Report of cholera committee
Disease focus: Cholera
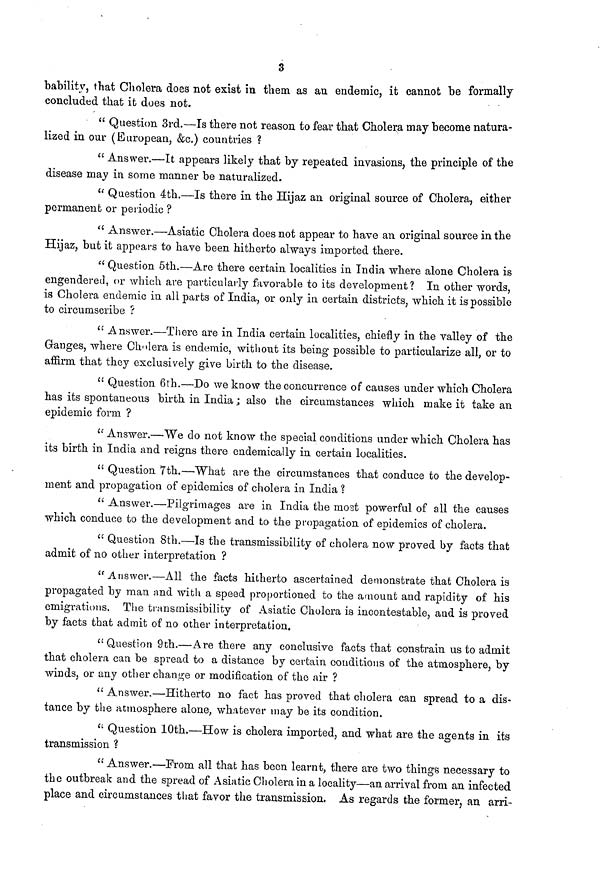
3
bability, that Cholera does not exist in them as an endemic, it cannot be formally
concluded that it does not.
" Question 3rd.—Is there not reason to fear that Cholera may become natura-
lized in our (European, &c.) countries ?
" Answer.—It appears likely that by repeated invasions, the principle of the
disease may in some manner be naturalized.
" Question 4th.—Is there in the Hijaz an original source of Cholera, either
permanent or periodic ?
" Answer.—Asiatic Cholera does not appear to have an original source in the
Hijaz, but it appears to have been hitherto always imported there.
" Question 5th.—Are there certain localities in India where alone Cholera is
engendered, or which are particularly favorable to its development? In other words,
is Cholera endemic in all parts of India, or only in certain districts, which it is possible
to circumscribe ?
" Answer.—There are in India certain localities, chiefly in the valley of the
Ganges, where Cholera is endemic, without its being possible to particularize all, or to
affirm that they exclusively give birth to the disease.
" Question 6th.—Do we know the concurrence of causes under which Cholera
has its spontaneous birth in India ; also the circumstances which make it take an
epidemic form ?
" Answer.—We do not know the special conditions under which Cholera has
its birth in India and reigns there endemically in certain localities.
" Question 7th,—What are the circumstances that conduce to the develop-
ment and propagation of epidemics of cholera in India ?
" Answer.—Pilgrimages are in India the most powerful of all the causes
which conduce to the development and to the propagation of epidemics of cholera.
" Question 8th.—Is the transmissibility of cholera now proved by facts that
admit of no other interpretation ?
"Answer.—All the facts hitherto ascertained demonstrate that Cholera is
propagated by man and with a speed proportioned to the amount and rapidity of his
emigrations. The transmissibility of Asiatic Cholera is incontestable, and is proved
by facts that admit of no other interpretation.
"Question 9th.—Are there any conclusive facts that constrain us to admit
that cholera can be spread to a distance by certain conditions of the atmosphere, by
winds, or any other change or modification of the air ?
" Answer.—Hitherto no fact has proved that cholera can spread to a dis-
tance by the atmosphere alone, whatever may be its condition.
" Question 10th.—How is cholera imported, and what are the agents in its
transmission ?
" Answer.—From all that has been learnt, there are two things necessary to
the outbreak and the spread of Asiatic Cholera in a locality—an arrival from an infected
place and circumstances that favor the transmission. As regards the former, an am-